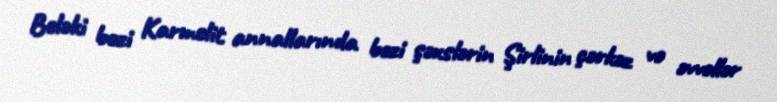
Beləki bəzi Karmelit annallarında bəzi şəxslərin Şirlinin çərkəz və əvvəllər